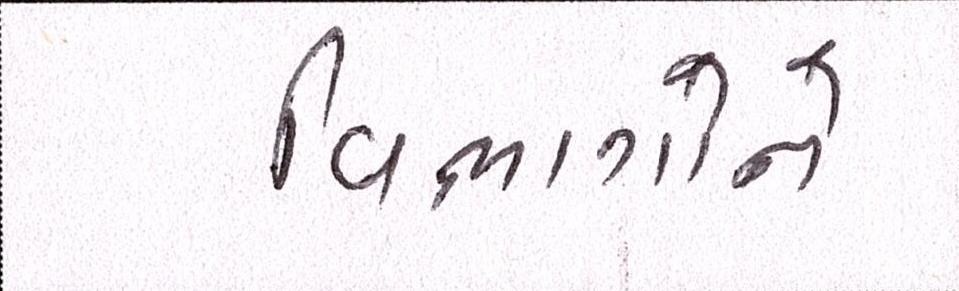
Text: વિભાગોને